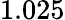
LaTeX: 1.025